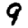
Digit: 9